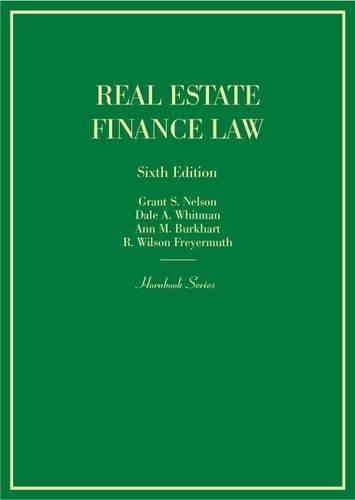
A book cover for Real Estate Finance Law (Hornbook); Grant Nelson; Business & Money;